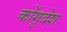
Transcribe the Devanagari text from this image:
कोंगुदेश